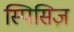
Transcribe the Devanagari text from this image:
स्पिसिज़